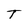
Character: T